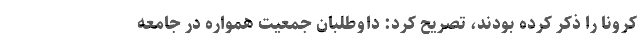
کرونا را ذکر کرده بودند، تصریح کرد: داوطلبان جمعیت همواره در جامعه